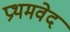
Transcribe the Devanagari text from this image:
प्रथमवेद